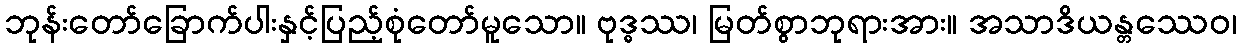
ဘုန်းတော်ခြောက်ပါးနှင့်ပြည့်စုံတော်မူသော။ ဗုဒ္ဓဿ၊ မြတ်စွာဘုရားအား။ အသာဒိယန္တဿေဝ၊